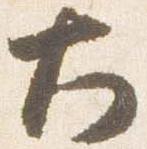
大